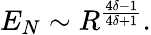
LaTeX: E_{N}\sim R^{\frac{4\delta-1}{4\delta+1}}.